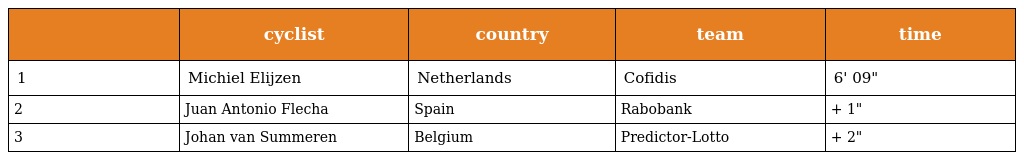
|  | cyclist | country | team | time |
 | --- | --- | --- | --- | --- |
 | 1 | Michiel Elijzen | Netherlands | Cofidis | 6' 09" |
 | 2 | Juan Antonio Flecha | Spain | Rabobank | + 1" |
 | 3 | Johan van Summeren | Belgium | Predictor-Lotto | + 2" |